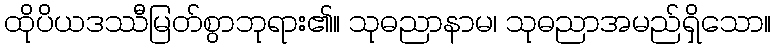
ထိုပိယဒဿီမြတ်စွာဘုရား၏။ သုဓညာနာမ၊ သုဓညာအမည်ရှိသော။